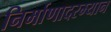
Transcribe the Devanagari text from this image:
निर्माणादरम्यान